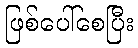
ဖြစ်ပေါ်စေပြီး